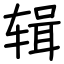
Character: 辑